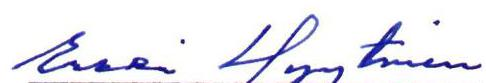
Erkki Hyytinen